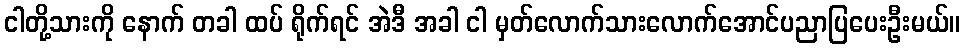
ငါတို့သားကို နောက် တခါ ထပ် ရိုက်ရင် အဲဒီ အခါ ငါ မှတ်လောက်သားလောက်အောင်ပညာပြပေးဦးမယ်။